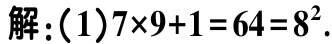
解：(1)$7\times9 + 1 = 64 = 8^{2}$.